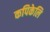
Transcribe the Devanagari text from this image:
कपिकेलि